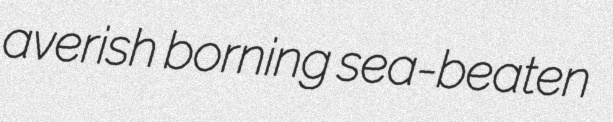
averish borning sea-beaten